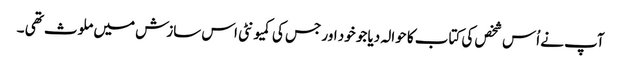
آپ نے اُس شخص کی کتاب کا حوالہ دیا جو خود اور جس کی کمیونٹی اس سازش میں ملوث تھی ۔